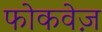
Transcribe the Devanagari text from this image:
फोकवेज़